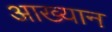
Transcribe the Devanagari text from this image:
आख्‍यान